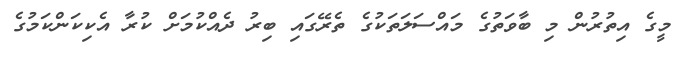
މީގެ އިތުރުން މި ބާވަތުގެ މައްސަލަތަކުގެ ތެރޭގައި ބިރު ދެއްކުމަށް ކުރާ އެކިކަންކަމުގެ